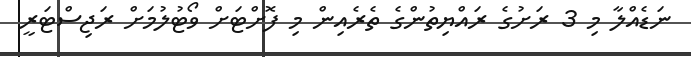
ނަޑެއްލާ މި 3 ރަށުގެ ރައްޔިތުންގެ ތެރެއިން މި ފޮށްޓަށް ވޯޓުލުމަށް ރަޖިސްޓަރީ